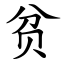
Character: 贫